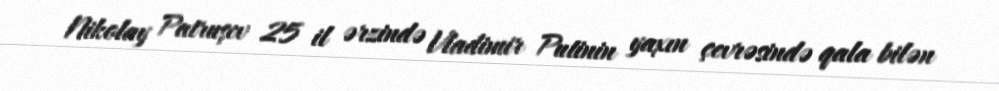
Nikolay Patruşev 25 il ərzində Vladimir Putinin yaxın çevrəsində qala bilən